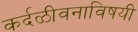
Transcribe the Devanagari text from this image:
कर्दळीवनाविषयी